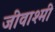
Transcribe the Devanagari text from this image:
जीवाश्मी